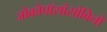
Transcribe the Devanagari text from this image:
जोकोपॉसांसोविनो